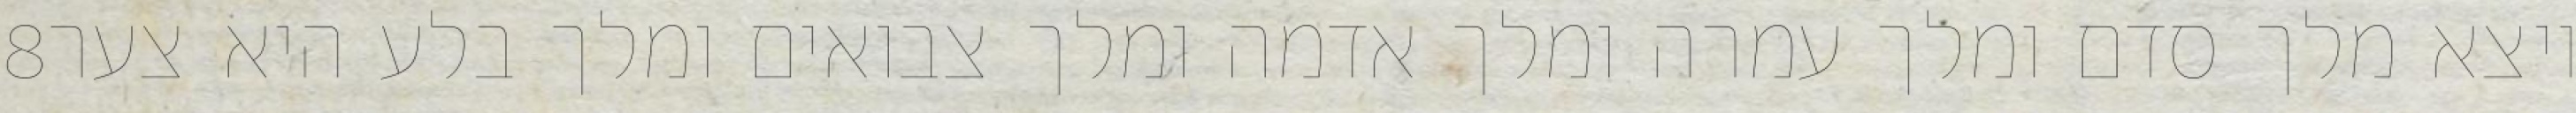
‎8‏ ויצא מלך סדם ומלך עמרה ומלך אדמה ומלך צבואים ומלך בלע היא צער